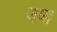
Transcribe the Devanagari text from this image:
जंप्स